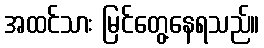
အထင်သား မြင်တွေ့နေရသည်။